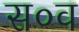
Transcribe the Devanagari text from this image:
स०व